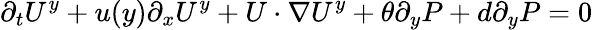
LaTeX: \partial_{t}U^{y}+u(y)\partial_{x}U^{y}+U\cdot\nabla U^{y}+\theta\partial_{y}P+d\partial_{y}P=0